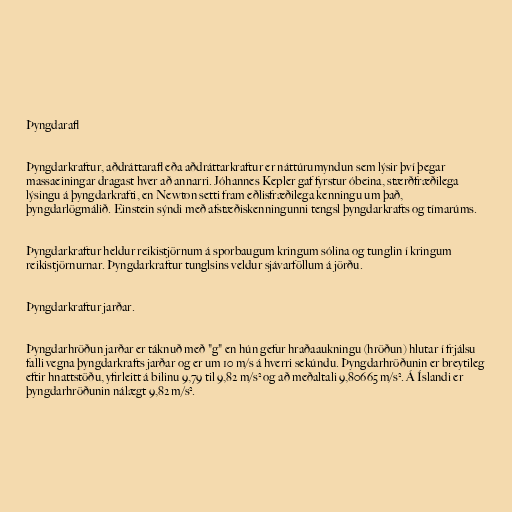
Þyngdarafl

Þyngdarkraftur, aðdráttarafl eða aðdráttarkraftur er náttúrumyndun sem lýsir því þegar
massaeiningar dragast hver að annarri. Jóhannes Kepler gaf fyrstur óbeina, stærðfræðilega
lýsingu á þyngdarkrafti, en Newton setti fram eðlisfræðilega kenningu um það,
þyngdarlögmálið. Einstein sýndi með afstæðiskenningunni tengsl þyngdarkrafts og tímarúms.

Þyngdarkraftur heldur reikistjörnum á sporbaugum kringum sólina og tunglin í kringum
reikistjörnurnar. Þyngdarkraftur tunglsins veldur sjávarföllum á jörðu.

Þyngdarkraftur jarðar.

Þyngdarhröðun jarðar er táknuð með "g" en hún gefur hraðaaukningu (hröðun) hlutar í frjálsu
falli vegna þyngdarkrafts jarðar og er um 10 m/s á hverri sekúndu. Þyngdarhröðunin er breytileg
eftir hnattstöðu, yfirleitt á bilinu 9,79 til 9,82 m/s² og að meðaltali 9,80665 m/s². Á Íslandi er
þyngdarhröðunin nálægt 9,82 m/s².